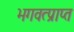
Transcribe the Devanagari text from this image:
भगवत्प्राप्त